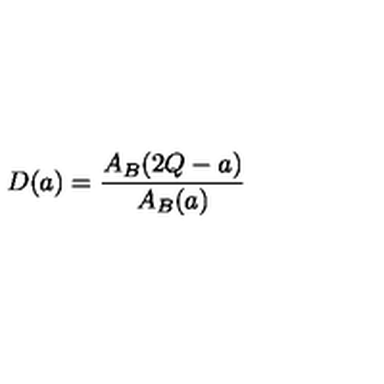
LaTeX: D ( a ) = \frac { A _ { B } ( 2 Q - a ) } { A _ { B } ( a ) }